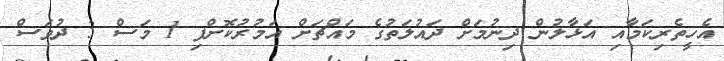
އެހީތެރިކަމާއި އަޅާލުން ދިނުމަށް ދައުލަތުގެ މައްޗަށް އަމުރުކޮށްފި 1 މަސް 3 ދުވަސް